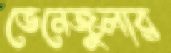
ভেনেজুলার